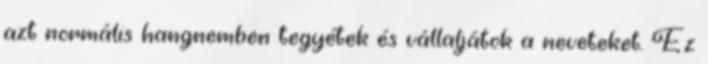
azt normális hangnemben tegyétek és vállaljátok a neveteket. Ez